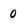
Character: 0